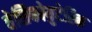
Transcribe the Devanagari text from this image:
वेसिकोयुटेरिक